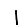
Digit: 1